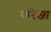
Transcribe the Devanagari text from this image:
करेजा